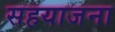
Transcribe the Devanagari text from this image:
सहयाजना